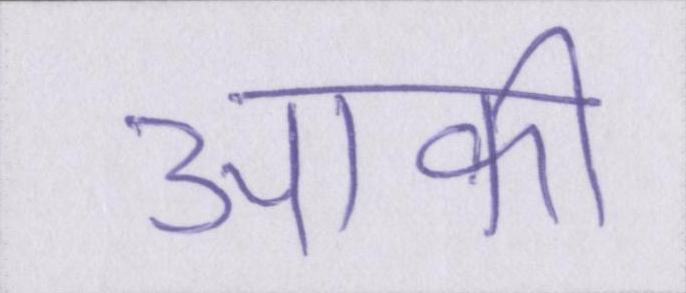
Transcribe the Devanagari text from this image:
आकी